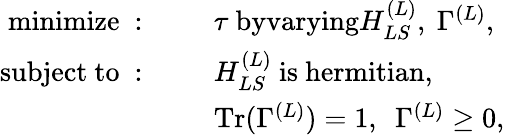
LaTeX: \begin{array}{rl}{\mathrm{minimize~:~}\quad}&{\tau~\textrm{byvarying}H_{LS}^{(L)},~\Gamma^{(L)},}\\ {\mathrm{subject~to~:~}\quad}&{H_{LS}^{(L)}\mathrm{~is~hermitian,}}\\ &{\mathrm{Tr}(\Gamma^{(L)})=1,~~\Gamma^{(L)}\geq 0,}\end{array}